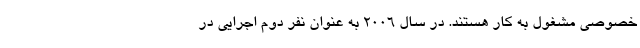
خصوصی مشغول به کار هستند. در سال ۲۰۰۶ به عنوان نفر دوم اجرایی در